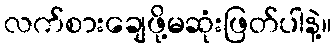
လက်စားချေဖို့မဆုံးဖြတ်ပါနဲ့။